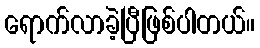
ရောက်လာခဲ့ပြီဖြစ်ပါတယ်။